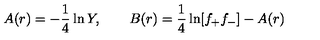
A ( r ) = - \frac { 1 } { 4 } \ln Y , \qquad B ( r ) = \frac { 1 } { 4 } \ln [ f _ { + } f _ { - } ] - A ( r )